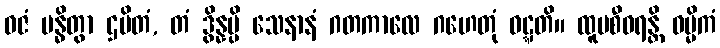
ဓဇံ ဗန္ဓိတွာ ဌပိတံ, တံ ဒွိန္နမ္ပိ သေနာနံ ဂတကာလေ ဂဟေတုံ ဝဋ္ဋတိ။ ထူပစီဝရန္တိ ဝမ္မိကံ